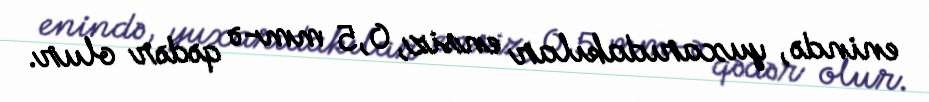
enində, yuxarıdakılar ensiz, 0,5 mm-ə qədər olur.